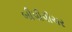
બીપીપીચર